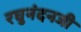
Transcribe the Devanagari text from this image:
रघुनंदनजी